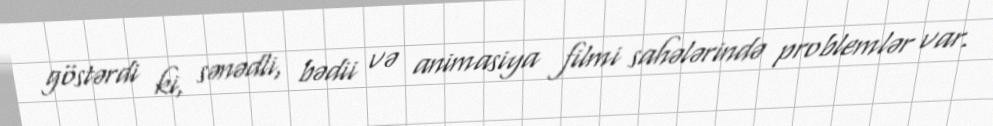
göstərdi ki, sənədli, bədii və animasiya filmi sahələrində problemlər var.